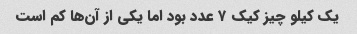
یک کیلو چیز کیک ۷ عدد بود اما یکی از آن‌ها کم است